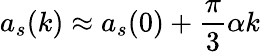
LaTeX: a_{s}(k)\approx a_{s}(0)+\frac{\pi}{3}\alpha k